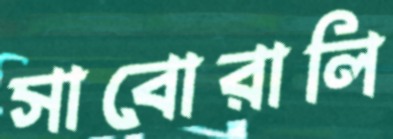
সাবোরালি